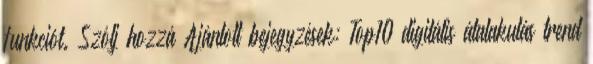
funkciót. Szólj hozzá Ajánlott bejegyzések: Top10 digitális átalakulás trend